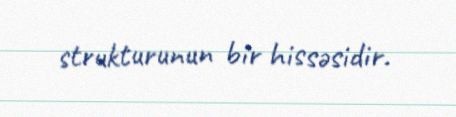
strukturunun bir hissəsidir.